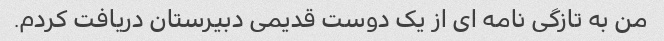
من به تازگی نامه ای از یک دوست قدیمی دبیرستان دریافت کردم.